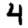
Digit: 4